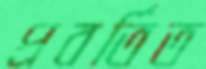
প্রবর্তিত